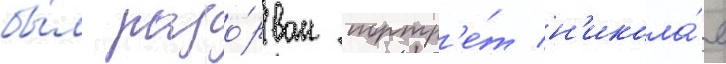
бы́л разо́рван портр'е́т н'икола́я